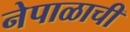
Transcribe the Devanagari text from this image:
नेपाळाची